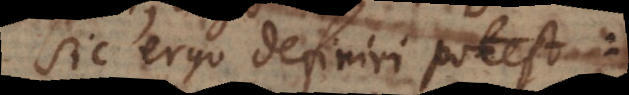
Sic ergo definiri potest